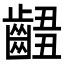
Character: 𪘴